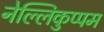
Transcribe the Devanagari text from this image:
नेल्लिकुप्पम